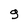
Character: 9